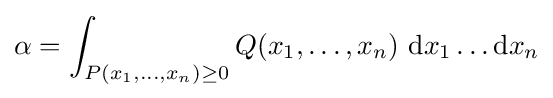
\alpha =\int _{P(x_{1},\ldots ,x_{n})\geq 0}Q(x_{1},\ldots ,x_{n})\ \mathrm {d} x_{1}\ldots \mathrm {d} x_{n}